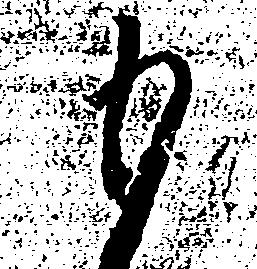
も